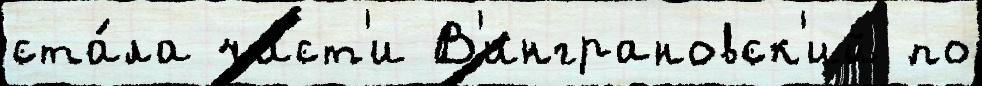
ста́ла ча́ст'и В'инграновск'ий по